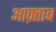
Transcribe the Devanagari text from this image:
आफ़्ताब